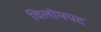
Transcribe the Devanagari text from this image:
विलोमपद